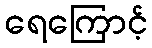
ရေကြောင့်